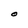
Character: O